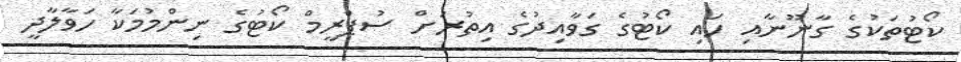
ކޯޓުތަކުގެ ގާނޫނާއި ހައި ކޯޓުގެ ގަވާއިދުގެ އިތުރަށް ސުޕްރީމް ކޯޓުގެ ނިންމުމަކާ ހަވާލާދީ